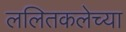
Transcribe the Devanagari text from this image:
ललितकलेच्या